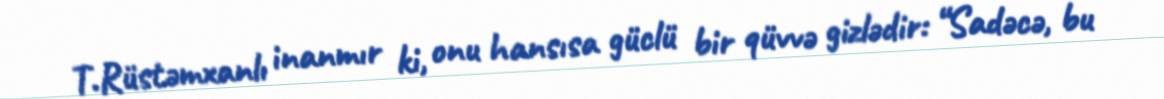
T.Rüstəmxanlı inanmır ki, onu hansısa güclü bir qüvvə gizlədir: “Sadəcə, bu